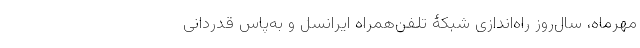
مهرماه، سال‌روز راه‌اندازی شبکۀ تلفن‌همراه ایرانسل و به‌پاس قدردانی